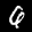
Label: 6